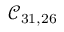
\mathcal { C } _ { 3 1 , 2 6 }